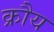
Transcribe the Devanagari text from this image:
क्रौय